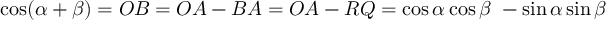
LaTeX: \cos ( \alpha + \beta ) = O B = O A - B A = O A - R Q = \cos \alpha \cos \beta \ - \sin \alpha \sin \beta